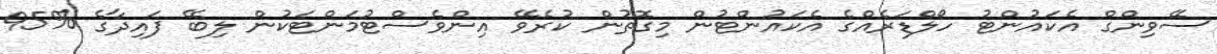
ސޭވިންގް އެކައުންޓު ހޯލްޑަރެއްގެ އެކައުންޓުން މިގޮތުން ކުރެވޭ އިންވެސްޓުމަންޓަކުން ލިބޭ ފައިދާގެ %95